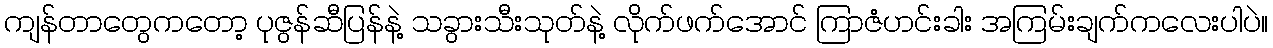
ကျန်တာတွေကတော့ ပုဇွန်ဆီပြန်နဲ့ သခွားသီးသုတ်နဲ့ လိုက်ဖက်အောင် ကြာဇံဟင်းခါး အကြမ်းချက်ကလေးပါပဲ။